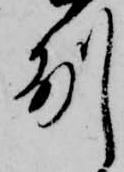
州